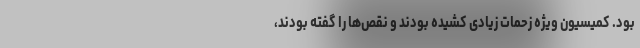
بود. کمیسیون ویژه زحمات زیادی کشیده بودند و نقص‌ها را گفته بودند،